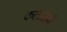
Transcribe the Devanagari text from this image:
कलांतही